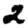
Digit: 2